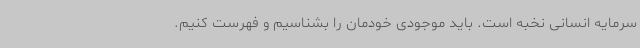
سرمایه انسانی نخبه است. باید موجودی خودمان را بشناسیم و فهرست کنیم.